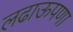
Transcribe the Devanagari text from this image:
लढाऊपणा